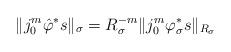
LaTeX: \begin{align*} \|j_0^m\hat{\varphi}^*s\|_{\sigma} = R_{\sigma}^{-m}\|j_0^m\varphi_{\sigma}^*s\|_{R_{\sigma}} \end{align*}